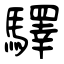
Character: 驛